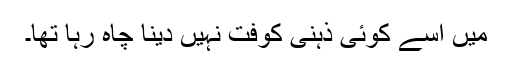
میں اسے کوئی ذہنی کوفت نہیں دینا چاہ رہا تھا۔